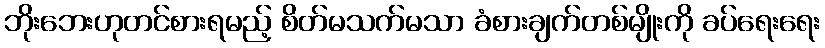
ဘိုးဘေးဟုတင်စားရမည့် စိတ်မသက်မသာ ခံစားချက်တစ်မျိုးကို ခပ်ရေးရေး